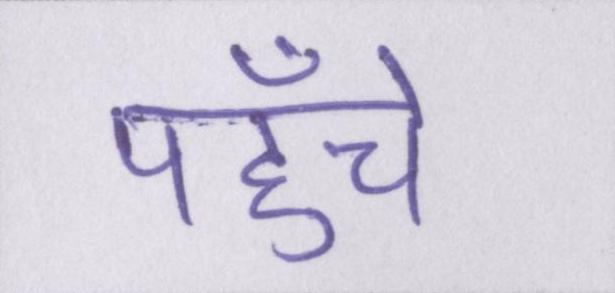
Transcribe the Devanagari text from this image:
पहुँचे